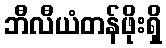
ဘီလီယံတန်ဖိုးရှိ